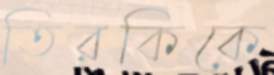
তিরকিকে